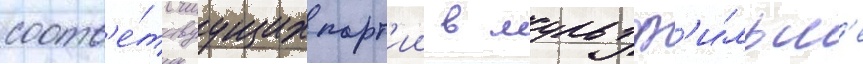
соотв'е́тствуущих парт'ии в мультф'и́льм'е